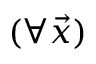
( \forall \Vec { x } )